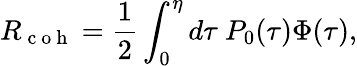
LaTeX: R_{\mathrm{~c~o~h~}}=\frac{1}{2}\int_{0}^{\eta}d\tau~P_{0}(\tau)\Phi(\tau),